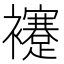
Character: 䙭